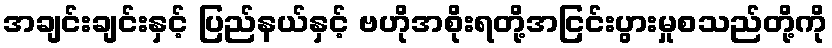
အချင်းချင်းနှင့် ပြည်နယ်နှင့် ဗဟိုအစိုးရတို့အငြင်းပွားမှုစသည်တို့ကို